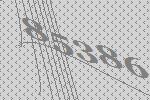
85386